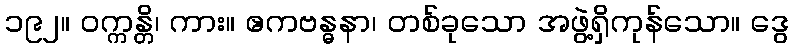
၁၉၂။ ဝက္ကန္တိ၊ ကား။ ဧကဗန္ဓနာ၊ တစ်ခုသော အဖွဲ့ရှိကုန်သော။ ဒွေ